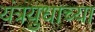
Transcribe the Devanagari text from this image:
यंत्रयुधाच्या